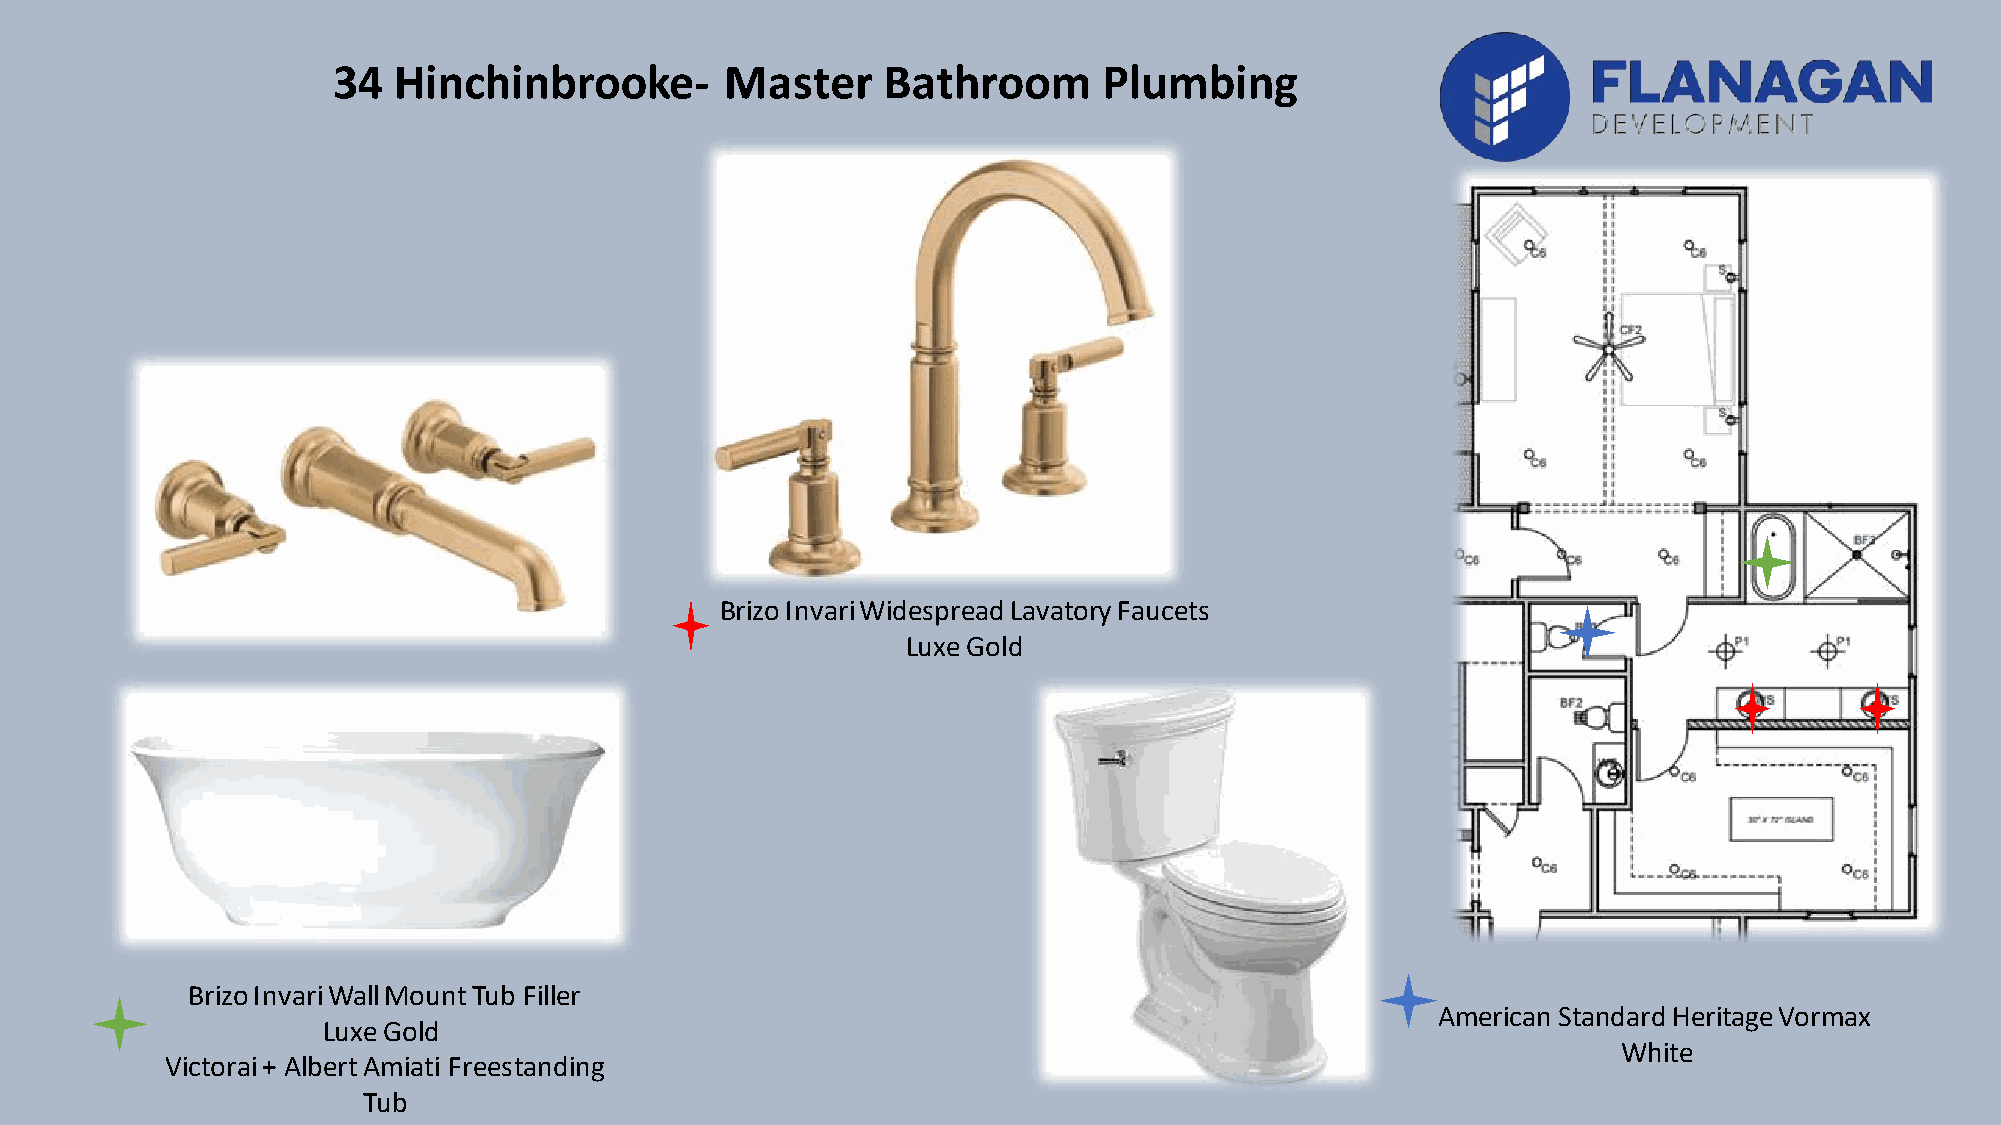
34  Hinchinbrooke-        Master    Bathroom       Plumbing
 Brizo Invari Widespread Lavatory Faucets
 Luxe Gold
 Brizo Invari Wall Mount Tub Filler
 American Standard Heritage Vormax
 Luxe Gold
 White
 Victorai + Albert Amiati Freestanding
 Tub